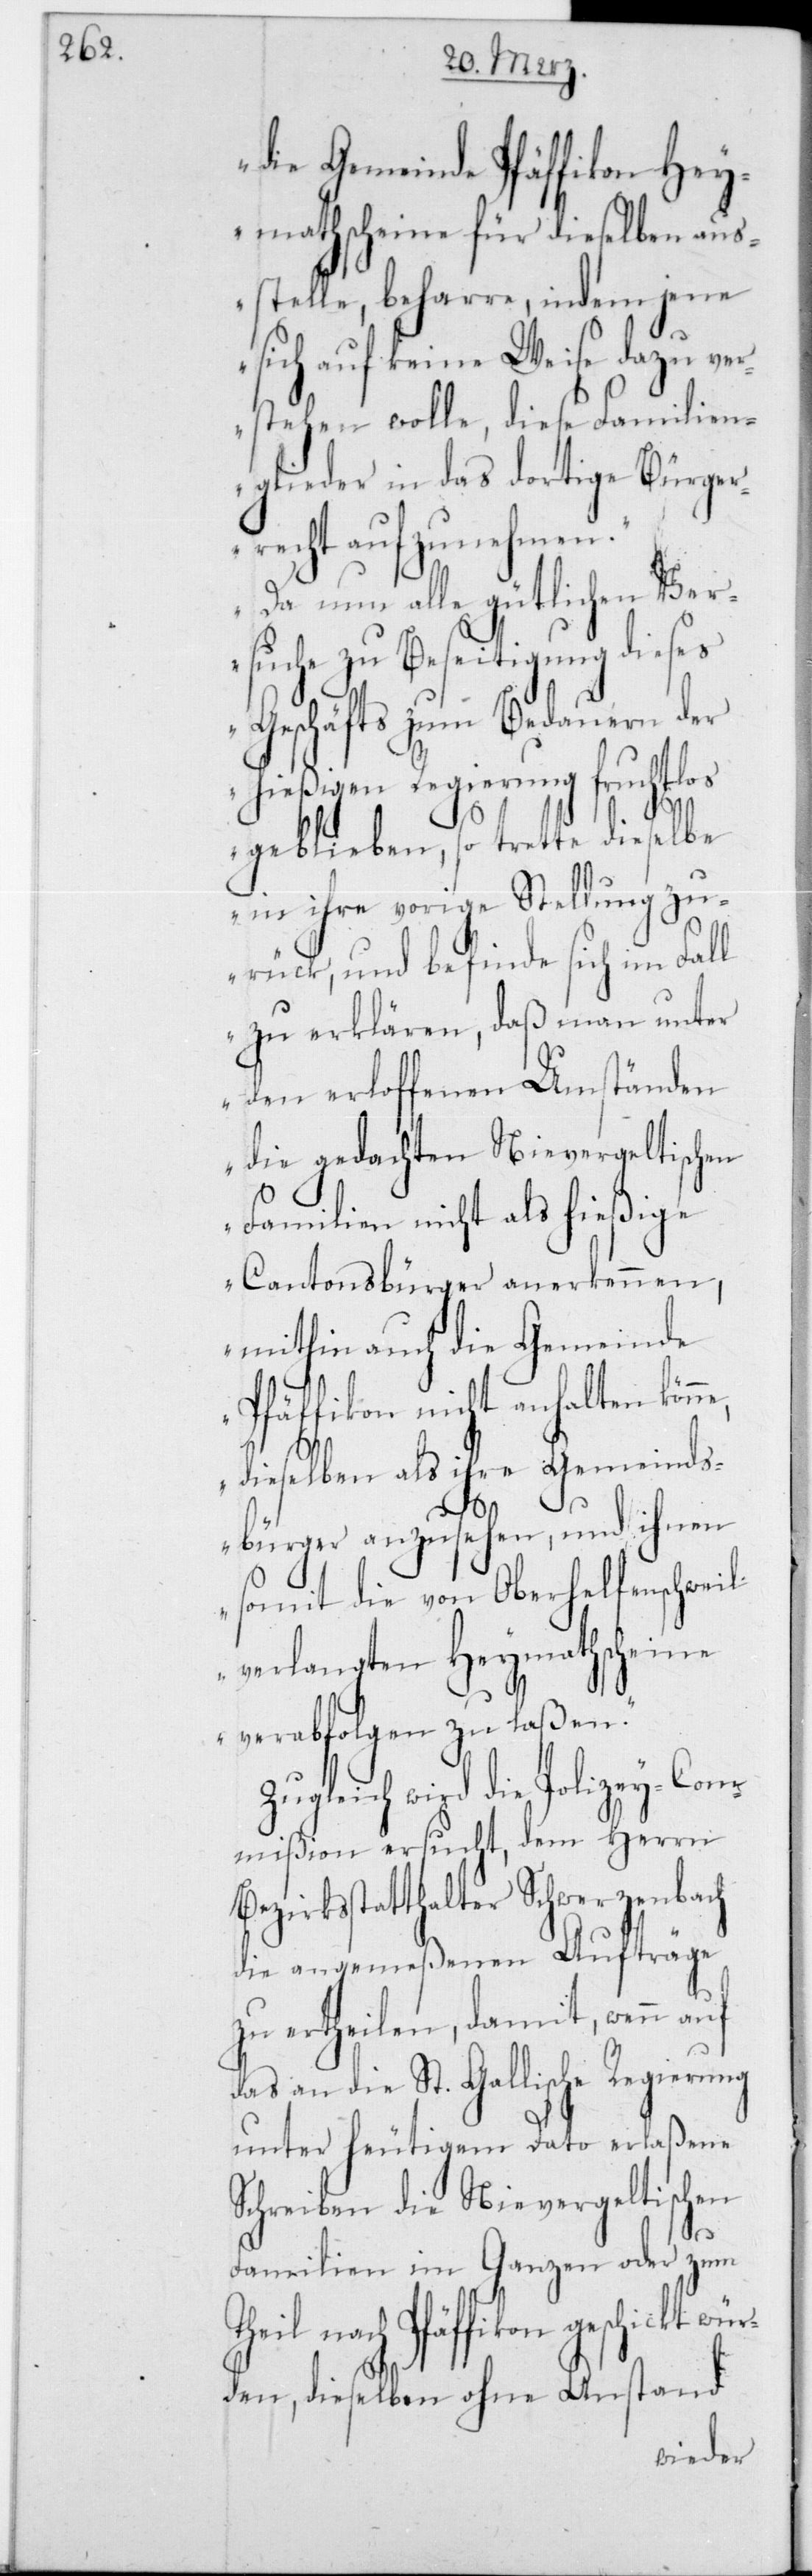
wür¬

die Gemeinde Pfäffikon Hey¬
mathscheine für dieselben aus¬
stelle, beharre, indem jene
sich auf keine Weise dazu ver¬
stehen wolle, diese Familien¬
glieder in das dortige Bürger¬
recht aufzunehmen.
Da nun alle gütlichen Ver¬
suche zu Beseitigung dieses
Geschäfts zum Bedauern der
hießigen Regierung fruchtlos
geblieben, so trette dieselbe
in ihre vorige Stellung zu¬
rück, und befinde sich im Fall
zu erklären, daß man unter
den erloffenen Umständen
die gedachten Nievergeltischen
Familien nicht als hießige
Cantonsbürger anerkennen,
mithin auch die Gemeinde
Pfäffikon nicht anhalten könn¬
dieselben als ihre Gemeinds¬
bürger anzusehen, und ihnen
somit die von Oberhelfenschweil
verlangten Heymathscheine
verabfolgen zu laßen“.
Zugleich wird die Polizey-Com¬
mißion ersucht, dem Herrn
Bezirksstatthalter Schwerzenbach
die angemeßenen Aufträge
zu ertheilen, damit, wenn auf
das an die St. Gallische Regierung
unter heutigem Dato erlaßene
Schreiben die Nievergeltischen
e,
Familien im Ganzen oder zum
nach Pfäffikon geschickt
den, dieselben ohne Anstand